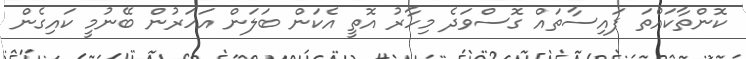
ކޮންތާކައްތަ ފަަައިސާތައް ގޮސްވަދެ މިހާރު އޮތީ އެކަން ބަލަން އަހަރުން ބޭނުމީ ކައިގެން